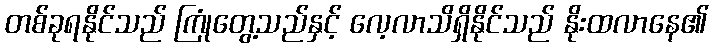
တစ်ခုရနိုင်သည် ကြုံတွေ့သည်နှင့် လေ့လာသိရှိနိုင်သည် နိုးထလာနေ၏